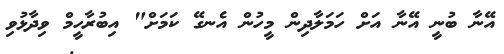
އޭނާ ބުނީ އޭނާ އަށް ހަމަލާދިން މީހުން އެނގޭ ކަމަށް" އިބުރާހީމް ވިދާޅުވި